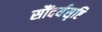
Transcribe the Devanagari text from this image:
सौंदर्यसृष्टि